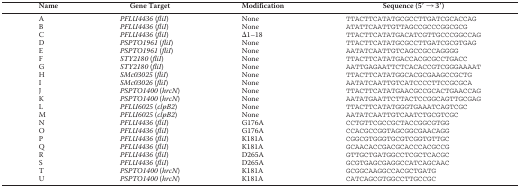
<table><thead><tr><td><b>Name</b></td><td><b>Gene Target</b></td><td><b>Modification</b></td><td><b>Sequence (5′ → 3′)</b></td></tr></thead><tbody><tr><td>A</td><td><i>PFLU4436</i> (<i>fliI</i>)</td><td>None</td><td>TTACTTCATATGCGCCTTGATCGCACCAG</td></tr><tr><td>B</td><td><i>PFLU4436</i> (<i>fliI</i>)</td><td>None</td><td>ATATTCAATTGTTAGCCGCCCGGCGCG</td></tr><tr><td>C</td><td><i>PFLU4436</i> (<i>fliI</i>)</td><td>Δ1–18</td><td>TTACTTCATATGACATCGTTGCCCGGCCAG</td></tr><tr><td>D</td><td><i>PSPTO1961</i> (<i>fliI</i>)</td><td>None</td><td>TTACTTCATATGCGCCTTGATCGCGTGAG</td></tr><tr><td>E</td><td><i>PSPTO1961</i> (<i>fliI</i>)</td><td>None</td><td>AATATCAATTGTCAGCCGCCAGGGG</td></tr><tr><td>F</td><td><i>STY2180</i> (<i>fliI</i>)</td><td>None</td><td>TTACTTCATATGACCACGCGCCTGACC</td></tr><tr><td>G</td><td><i>STY2180</i> (<i>fliI</i>)</td><td>None</td><td>AATTGAGAATTCTCACACCGTCGGGAAAAT</td></tr><tr><td>H</td><td><i>SMc03025</i> (<i>fliI</i>)</td><td>None</td><td>TTACTTCATATGGCACGCGAAGCCGCTG</td></tr><tr><td>I</td><td><i>SMc03026</i> (<i>fliI</i>)</td><td>None</td><td>AATATCAATTGTCATCCCCTTCCGCGCA</td></tr><tr><td>J</td><td><i>PSPTO1400</i> (<i>hrcN</i>)</td><td>None</td><td>TTACTTCATATGAACGCCGCACTGAACCAG</td></tr><tr><td>K</td><td><i>PSPTO1400</i> (<i>hrcN</i>)</td><td>None</td><td>AATATGAATTCTTACTCCGGCAGTTGCGAG</td></tr><tr><td>L</td><td><i>PFLU6025</i> (<i>clpB2</i>)</td><td>None</td><td>TTACTTCATATGGGTGAAATCAGTCGC</td></tr><tr><td>M</td><td><i>PFLU6025</i> (<i>clpB2</i>)</td><td>None</td><td>AATATCAATTGTCAATCTGCGTCGC</td></tr><tr><td>N</td><td><i>PFLU4436</i> (<i>fliI</i>)</td><td>G176A</td><td>CCTGTTCGCCGCTACCGGCGTGG</td></tr><tr><td>O</td><td><i>PFLU4436</i> (<i>fliI</i>)</td><td>G176A</td><td>CCACGCCGGTAGCGGCGAACAGG</td></tr><tr><td>P</td><td><i>PFLU4436</i> (<i>fliI</i>)</td><td>K181A</td><td>CGGCGTGGGTGCGTCGGTGTTGC</td></tr><tr><td>Q</td><td><i>PFLU4436</i> (<i>fliI</i>)</td><td>K181A</td><td>GCAACACCGACGCACCCACGCCG</td></tr><tr><td>R</td><td><i>PFLU4436</i> (<i>fliI</i>)</td><td>D265A</td><td>GTTGCTGATGGCCTCGCTCACGC</td></tr><tr><td>S</td><td><i>PFLU4436</i> (<i>fliI</i>)</td><td>D265A</td><td>GCGTGAGCGAGGCCATCAGCAAC</td></tr><tr><td>T</td><td><i>PSPTO1400</i> (<i>hrcN</i>)</td><td>K181A</td><td>GCGGCAAGGCCACGCTGATG</td></tr><tr><td>U</td><td><i>PSPTO1400</i> (<i>hrcN</i>)</td><td>K181A</td><td>CATCAGCGTGGCCTTGCCGC</td></tr></tbody></table>